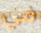
في